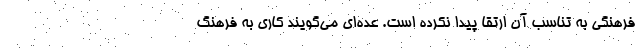
فرهنگی به تناسب آن ارتقا پیدا نکرده است. عده‌ای می‌گویند کاری به فرهنگ